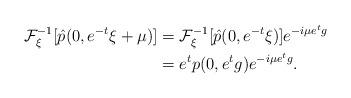
LaTeX: \begin{align*} \mathcal{F}^{-1}_{\xi}[\hat{p}(0,e^{-t}\xi+\mu)]&= \mathcal{F}^{-1}_{\xi}[\hat{p}(0,e^{-t}\xi)]e^{-i\mu e^t g}\\&=e^tp(0,e^tg)e^{-i\mu e^t g}. \end{align*}